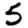
Digit: 5